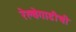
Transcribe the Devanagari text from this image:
रेल्वेगाडीची